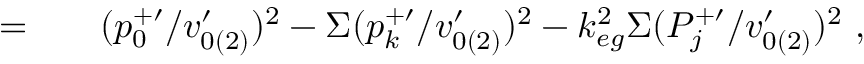
\begin{array} { r l r } { = } & { { } } & { ( p _ { 0 } ^ { + \prime } / v _ { 0 ( 2 ) } ^ { \prime } ) ^ { 2 } - \Sigma ( p _ { k } ^ { + \prime } / v _ { 0 ( 2 ) } ^ { \prime } ) ^ { 2 } - k _ { e g } ^ { 2 } \Sigma ( P _ { j } ^ { + \prime } / v _ { 0 ( 2 ) } ^ { \prime } ) ^ { 2 } ~ , } \end{array}